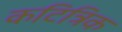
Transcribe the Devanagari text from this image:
कटित्रिक